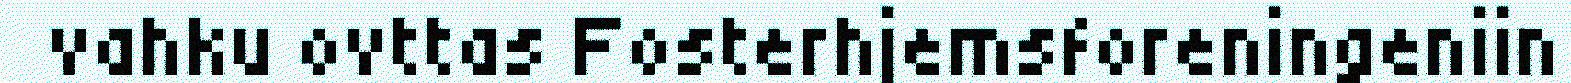
vahku ovttas Fosterhjemsforeningeniin